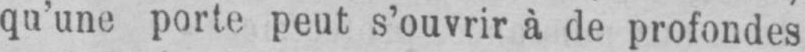
qu’une porte peut s’ouvrir à de profondes